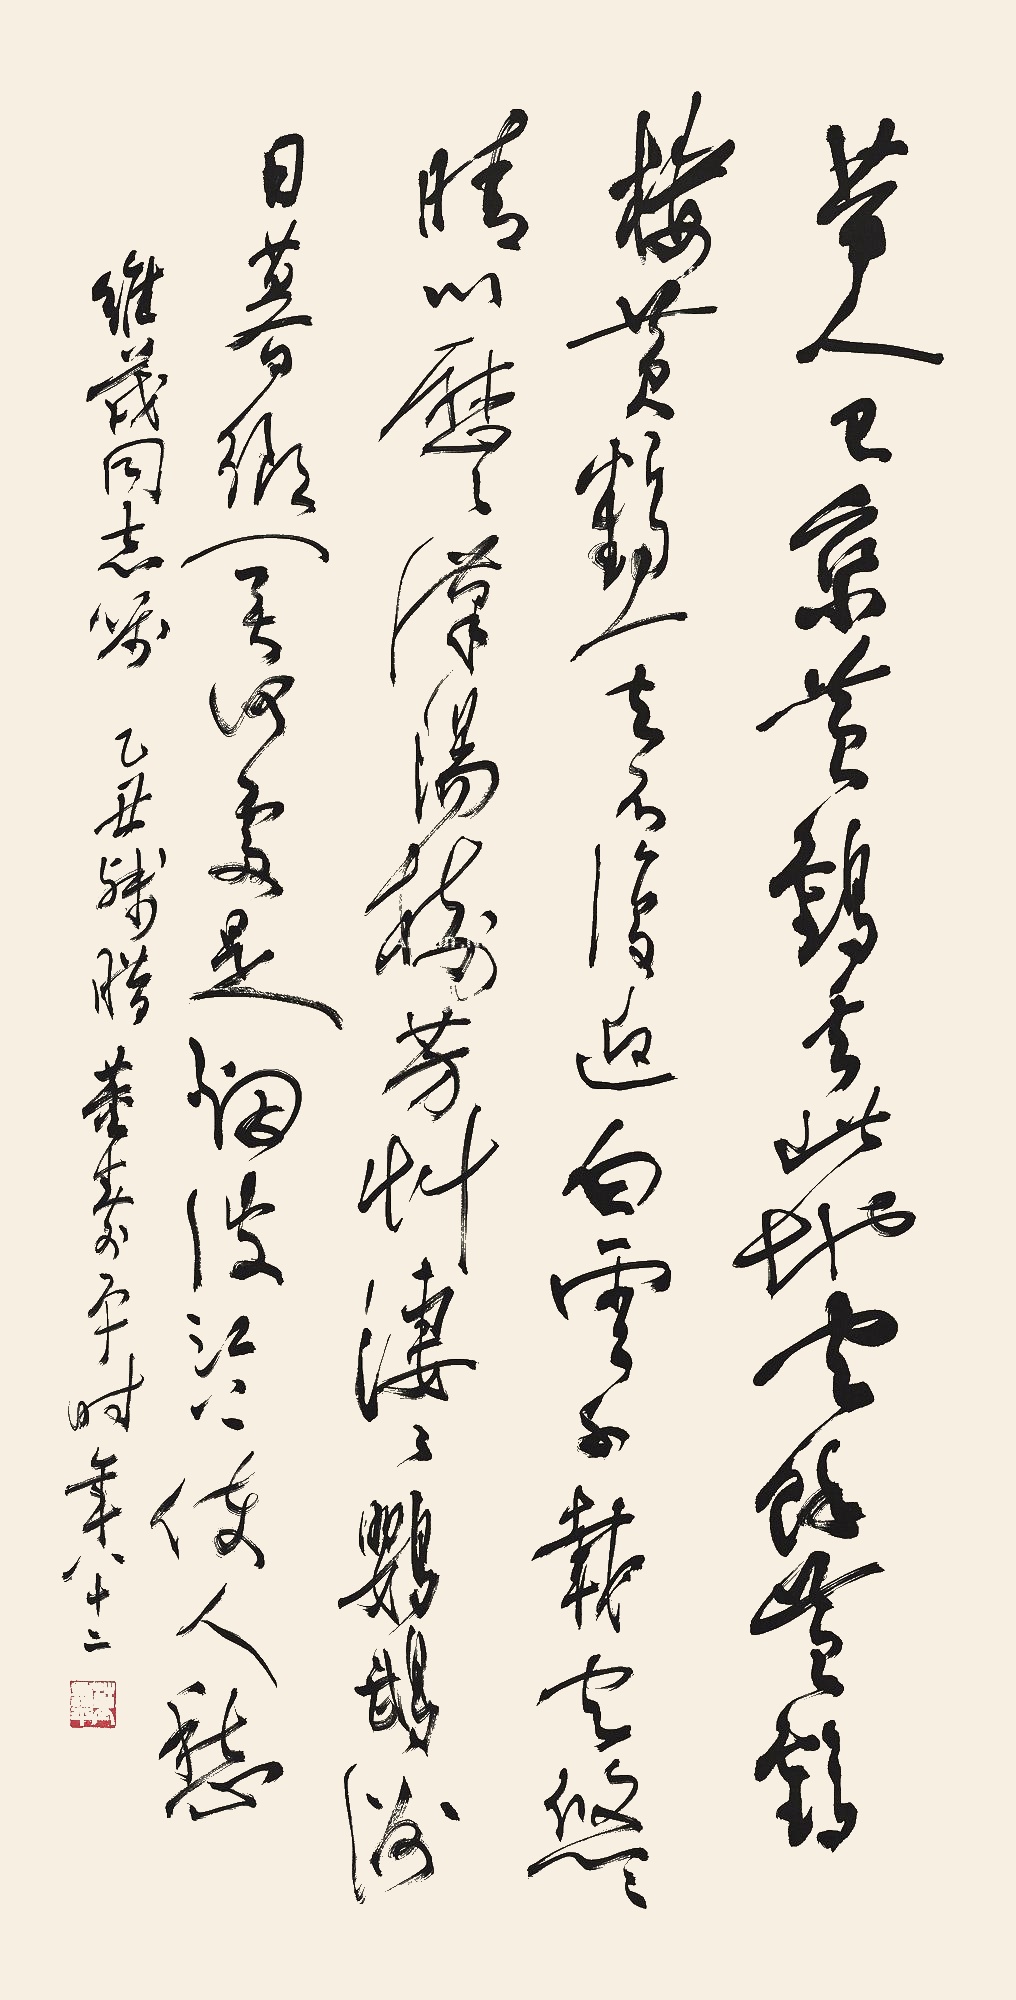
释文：昔人已乘黄鹤去,此地空余黄鹤楼。黄鹤一去不复返,白云千载空悠悠。晴川历历汉阳树,芳草萋萋鹦鹉洲。日暮乡关何处是？烟波江上使人愁。维茂同志嘱。乙丑残腊，董寿平时年八十二。